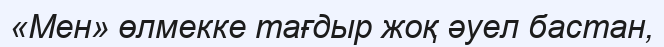
«Мен» өлмекке тағдыр жоқ әуел бастан,